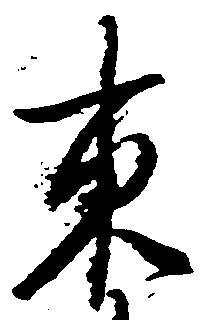
東